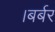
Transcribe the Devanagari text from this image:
।बर्बर